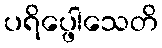
ပရိပ္ဖေါသေတိ